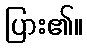
ပြား၏။